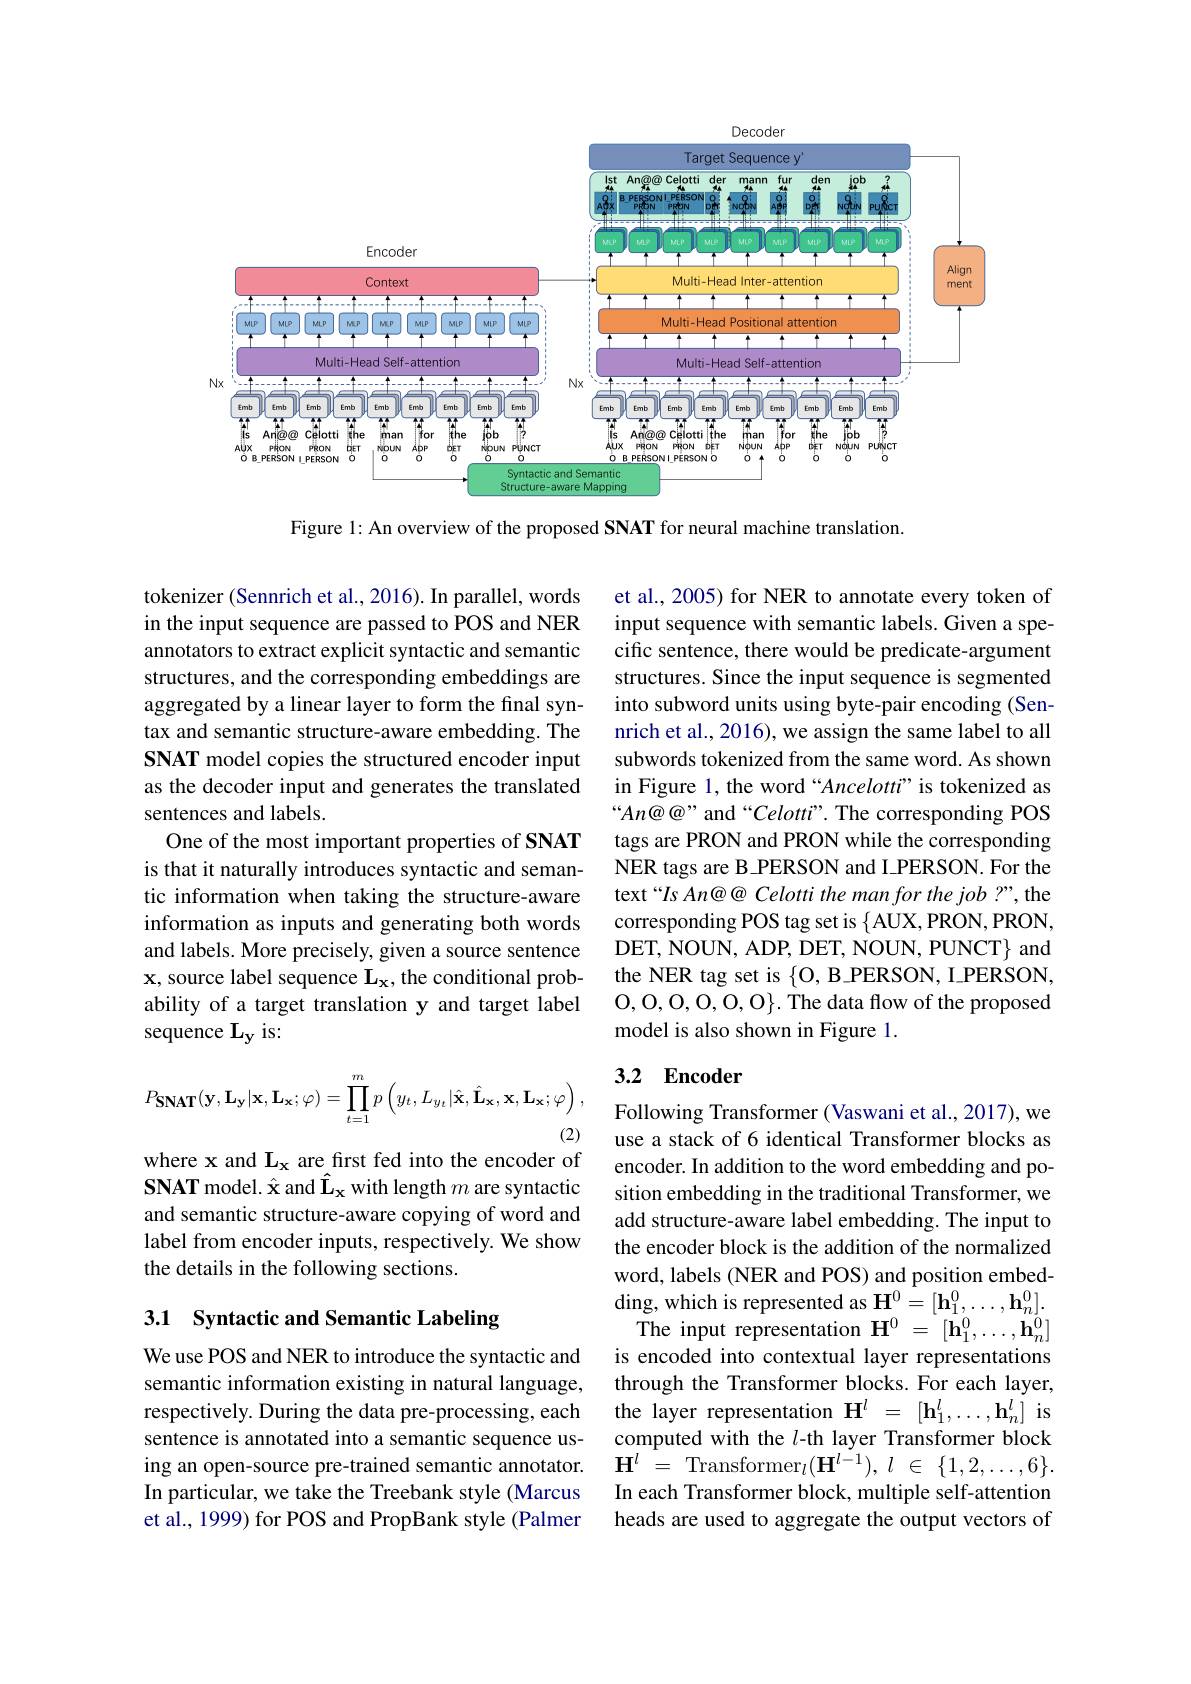
<FigureHere>

Figure 1: An overview of the proposed SNAT for neural machine translation.

tokenizer (Sennrich et al., 2016). In parallel, words in the input sequence are passed to POS and NER annotators to extract explicit syntactic and semantic structures, and the corresponding embeddings are aggregated by a linear layer to form the final syntax and semantic structure-aware embedding. The SNAT model copies the structured encoder input as the decoder input and generates the translated sentences and labels.
One of the most important properties of SNAT is that it naturally introduces syntactic and semantic information when taking the structure-aware information as inputs and generating both words and labels. More precisely, given a source sentence $\mathbf{x}$, source label sequence $\mathbf{L_{x}}$,the conditional probability of a target translation y and target label sequence $\mathbf{L_{y}}$ is:

et al., 2005) for NER to annotate every token of input sequence with semantic labels. Given a specific sentence, there would be predicate-argument structures. Since the input sequence is segmented into subword units using byte-pair encoding (Sennrich et al., 2016), we assign the same label to all subwords tokenized from the same word. As shown in Figure 1, the word “Ancelott" is tokenized as “An@@” and“Celott". The corresponding POS tags are PRON and PRON while the corresponding NER tags are B\_PERSON and I\_PERSON. For the text“Is An@@ Celotti the man for the job ?”, the corresponding POS tag set is $\{$AUX,PRON, PRON, DET, NOUN, ADP, DET, NOUN, PUNCT} and the NER tag set is $\{$O, B$\_$PERSON, I$\_$PERSON, $0,0,0,0,0,0,0\}.$ The data flow of the proposed model is also shown in Figure 1.

### 3.2 Encoder
$$P_{\mathbf{SNAT}}(\mathbf{y},\mathbf{L_{y}}|\mathbf{x},\mathbf{L_{x}};\varphi)=\prod_{t=1}^{m}p\left(y_{t},L_{y_{t}}|\hat{\mathbf{x}},\hat{\mathbf{L_{x}}},\mathbf{x},\mathbf{L_{x}};\varphi\right),$$
where x and $\mathbf{L_x}$ are first fed into the encoder of SNAT model. Â and $\hat{\mathbf{L}}_{\mathbf{x}}$ with length $m$ are syntactic and semantic structure-aware copying of word and label from encoder inputs, respectively. We show the details in the following sections.

# 3.1 Syntactic and Semantic Labeling

Following Transformer (Vaswani et al., 2017), we use a stack of 6 identical Transformer blocks as encoder. In addition to the word embedding and position embedding in the traditional Transformer, we add structure-aware label embedding. The input to the encoder block is the addition of the normalized word, labels (NER and POS) and position embedding, which is represented as $\mathbf{H}^0=[\mathbf{h}_1^0,\ldots,\mathbf{h}_n^0].$
The input representation $\mathbf{H}^0=[\mathbf{h}_1^0,\ldots,\mathbf{h}_n^0]$ is encoded into contextual layer representations through the Transformer blocks. For each layer, the layer representation $\mathbf{H}^l=[\mathbf{h}_1^l,\ldots,\mathbf{h}_n^l]$ is computed with the $l$-th layer Transformer block
ing an open-source pre-trained semantic annotator. $\mathbf{H}^l=$ Transformer$_l(\mathbf{H}^{l-1}),l\in\{1,2,\ldots,6\}.$
In each Transformer block, multiple self-attention heads are used to aggregate the output vectors of

We use POS and NER to introduce the syntactic and semantic information existing in natural language, respectively. During the data pre-processing, each sentence is annotated into a semantic sequence usIn particular, we take the Treebank style (Marcus et al., 1999) for POS and PropBank style (Palmer